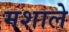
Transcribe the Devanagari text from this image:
मशाले